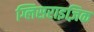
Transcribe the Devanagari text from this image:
ग्लिसराइज़िक